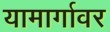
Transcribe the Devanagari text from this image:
यामार्गावर